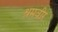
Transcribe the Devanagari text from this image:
श्रमवीर